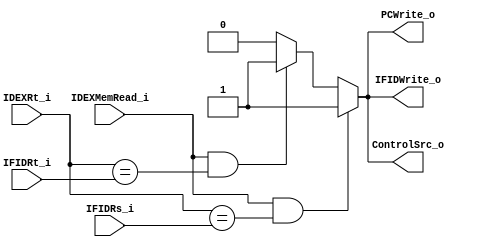
module HazardDetection_Unit(
    IDEXMemRead_i,
    IDEXRt_i,
    IFIDRs_i,
    IFIDRt_i,
    PCWrite_o,
    IFIDWrite_o,
    ControlSrc_o
);

input IDEXMemRead_i;
input [4:0] IDEXRt_i, IFIDRs_i, IFIDRt_i;
output PCWrite_o, IFIDWrite_o, ControlSrc_o;
reg PCWrite_o, IFIDWrite_o, ControlSrc_o;

always @(*) begin
    if (IDEXMemRead_i && IDEXRt_i == IFIDRs_i) begin
        PCWrite_o <= 1'b1;
        IFIDWrite_o <= 1'b1;
        ControlSrc_o <= 1'b1;
        //$display("IDEXMemRead_i= %d,IDEXRt_i= %d,IFIDRs_i= %d,IFIDRt_i= %d",IDEXMemRead_i,IDEXRt_i,IFIDRs_i,IFIDRt_i);
    end
    else if (IDEXMemRead_i && IDEXRt_i == IFIDRt_i) begin
        PCWrite_o <= 1'b1;
        IFIDWrite_o <= 1'b1;
        ControlSrc_o <= 1'b1;
    end
    else begin
        PCWrite_o <= 1'b0;
        IFIDWrite_o <= 1'b0;
        ControlSrc_o <= 1'b0;
    end
end

endmodule